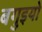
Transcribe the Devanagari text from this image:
बगुइयो